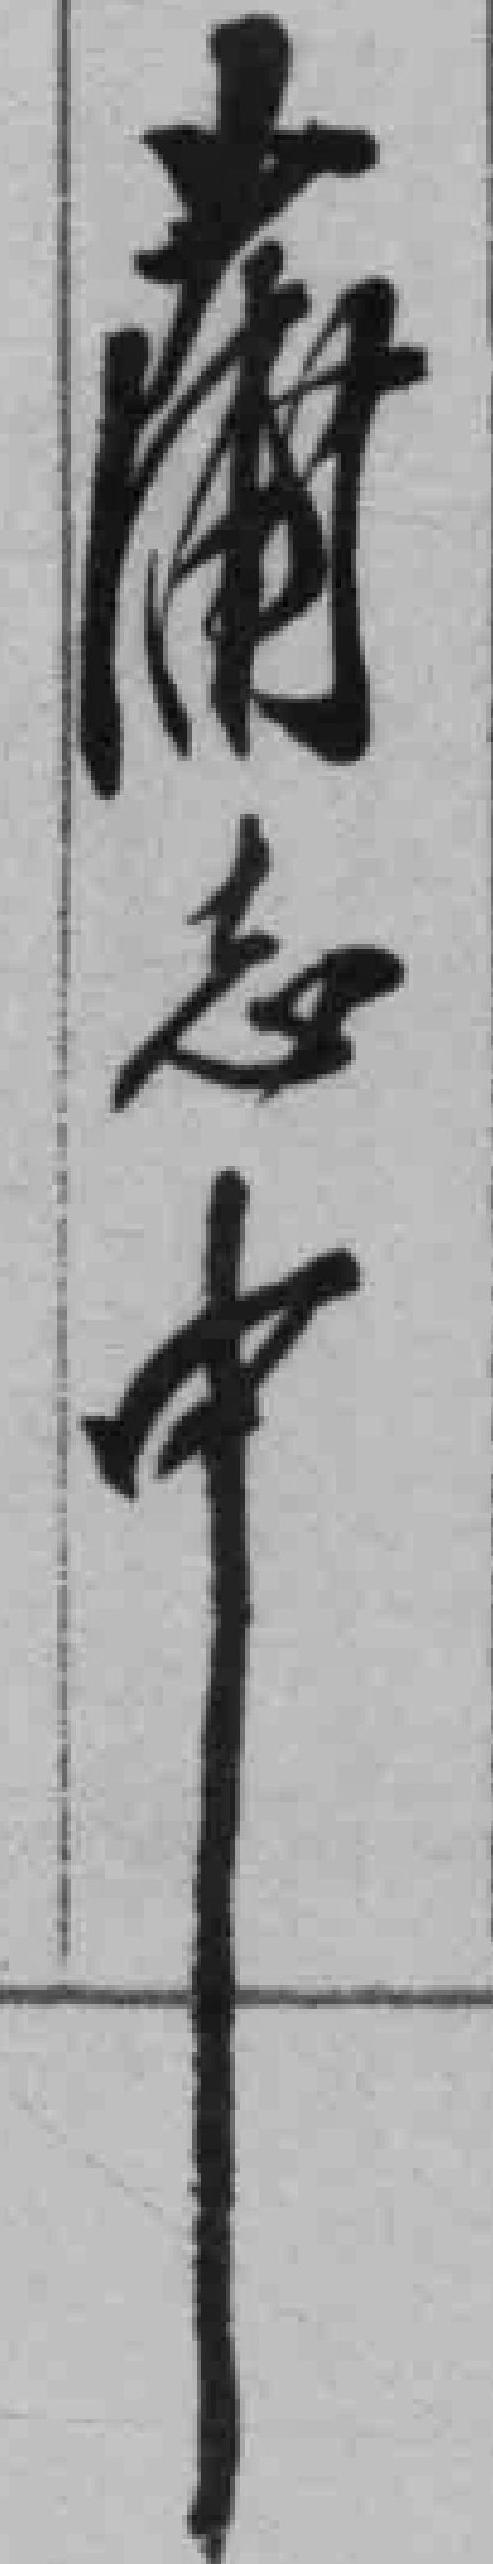
*志中